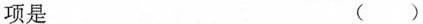
项是 ( )